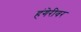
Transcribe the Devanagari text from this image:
हंगेरीवर